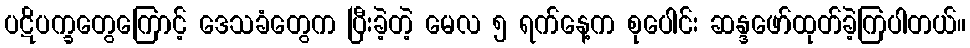
ပဋိပက္ခတွေကြောင့် ဒေသခံတွေက ပြီးခဲ့တဲ့ မေလ ၅ ရက်နေ့က စုပေါင်း ဆန္ဒဖော်ထုတ်ခဲ့ကြပါတယ်။